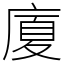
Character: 廈